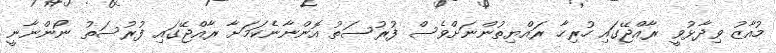
މުއާޒު ވިދާޅުވީ ރާއްޖޭގައި ހުރިހާ ރައްޔިތުންނަށްވެސް ފުރުސަތު އޮންނާނެކަމަށާ ރާއްޖޭގައި ފުރުސަތު ނޯންނާނީ